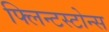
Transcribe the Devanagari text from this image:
फ्लिन्टस्टोन्स